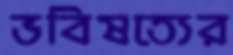
ভবিষত্যের